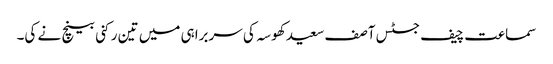
سماعت چیف جسٹس آصف سعید کھوسہ کی سربراہی میں تین رکنی بینچ نے کی۔